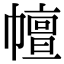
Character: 𢅒